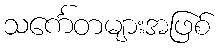
သင်္ကေတများအဖြစ်